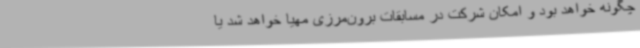
چگونه خواهد بود و امکان شرکت در مسابقات برون‌مرزی مهیا خواهد شد یا